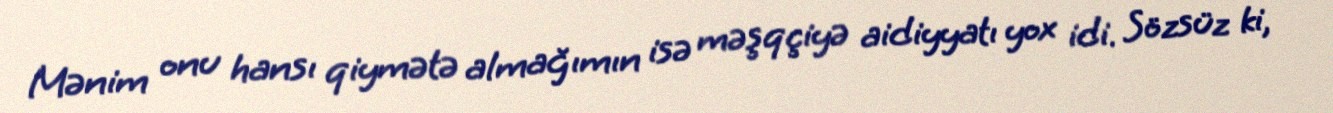
Mənim onu hansı qiymətə almağımın isə məşqçiyə aidiyyatı yox idi. Sözsüz ki,